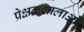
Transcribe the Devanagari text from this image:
प्रेक्षकशालाओं